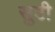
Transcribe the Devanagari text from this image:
सुठी